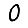
Digit: 0